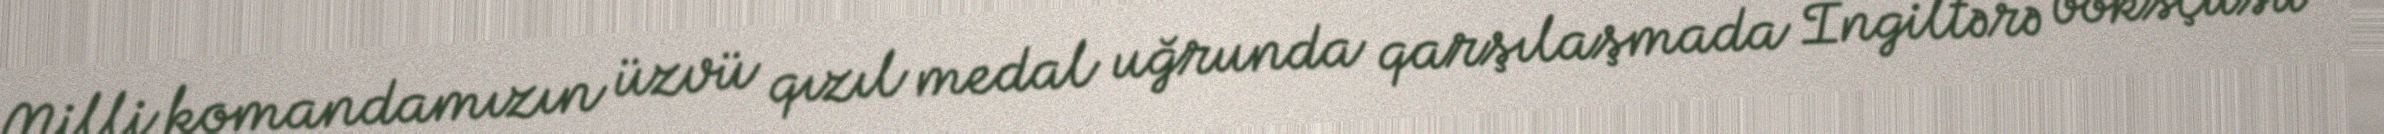
Milli komandamızın üzvü qızıl medal uğrunda qarşılaşmada İngiltərə boksçusu